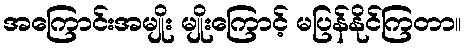
အကြောင်းအမျိုး မျိုးကြောင့် မပြန်နိုင်ကြတာ။